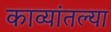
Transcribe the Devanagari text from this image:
काव्यांतल्या